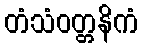
တံသံဝတ္တနိကံ